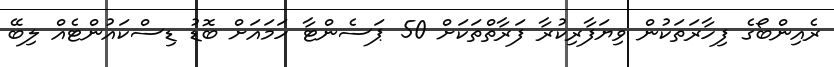
ރެއިންބޯގެ ފިހާރަތަކުން ވިޔަފާރިކުރާ ފަރާތްތަކަށް 50 ޕަސެންޓާ ހަމައަށް ބޮޑު ޑިސްކައުންޓެއް ލިބޭ